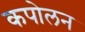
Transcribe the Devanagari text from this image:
कपोलन